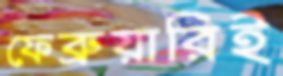
ফেব্রুয়ারিই